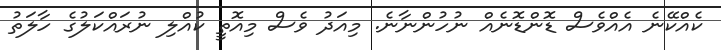
ކެއްކޭނެ އެއްވެސް ޑޮންޑޮނެއް ނުހުންނާނެ. މިއަދު ވެސް މިއޮތީ ކުއްލި ނުރައްކަލުގެ ހާލަތު